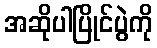
အဆိုပါပြိုင်ပွဲကို